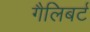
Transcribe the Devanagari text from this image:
गैलिबर्ट